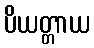
ပိယတ္တာယ